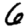
Digit: 6